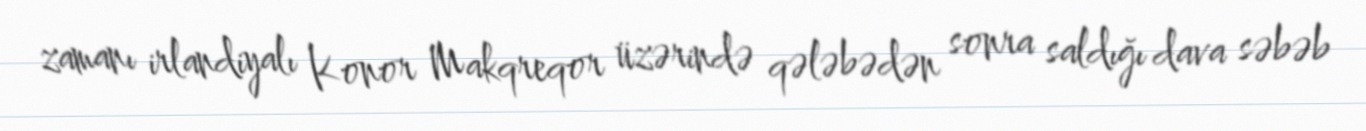
zamanı irlandiyalı Konor Makqreqor üzərində qələbədən sonra saldığı dava səbəb